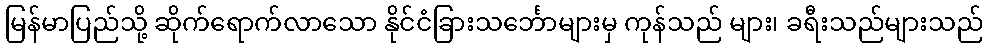
မြန်မာပြည်သို့ ဆိုက်ရောက်လာသော နိုင်ငံခြားသင်္ဘောများမှ ကုန်သည် များ၊ ခရီးသည်များသည်